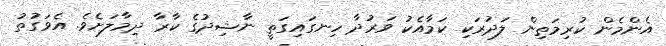
އެންމެން ކުރިމަތިން ލަދުރަކި ކަމާއެކު ވަރުދާ ހިނގައިގަތީ ނާޝިދުގެ ކާރާ ދިމާލަށެވެ. އެވަގުތު